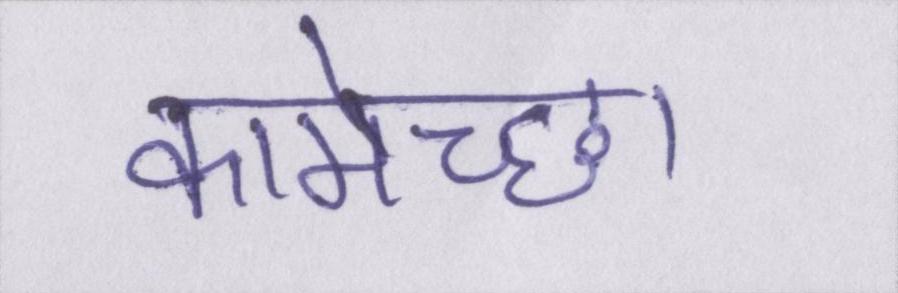
कामेच्छा